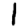
Digit: 1